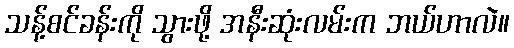
သန့်စင်ခန်းကို သွားဖို့ အနီးဆုံးလမ်းက ဘယ်ဟာလဲ။